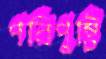
পরিপুষ্টি